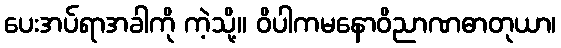
ပေးအပ်ရာအခါကို ကဲ့သို့။ ဝိပါကမနောဝိညာဏဓာတုယာ၊